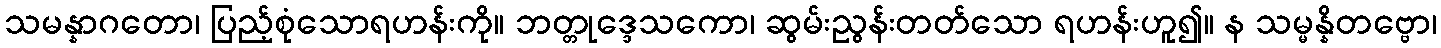
သမန္နာဂတော၊ ပြည့်စုံသောရဟန်းကို။ ဘတ္တုဒ္ဒေသကော၊ ဆွမ်းညွန်းတတ်သော ရဟန်းဟူ၍။ န သမ္မန္နိတဗ္ဗော၊